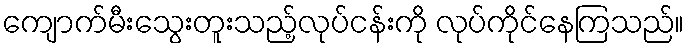
ကျောက်မီးသွေးတူးသည့်လုပ်ငန်းကို လုပ်ကိုင်နေကြသည်။